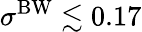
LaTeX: \sigma^{\mathrm{BW}}\lesssim 0.17